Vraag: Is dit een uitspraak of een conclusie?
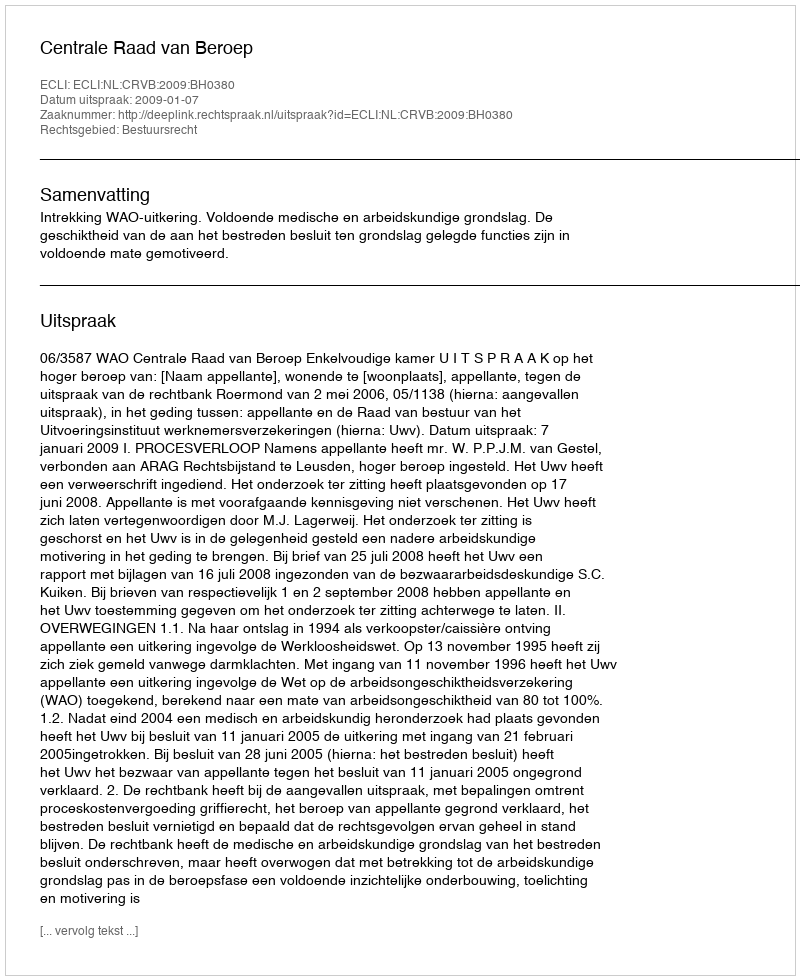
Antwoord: Uitspraak